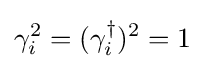
\gamma _{i}^{2}=(\gamma _{i}^{\dagger })^{2}=1